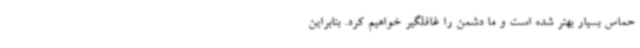
حماس بسیار بهتر شده است و ما دشمن را غافلگیر خواهیم کرد. بنابراین